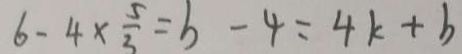
6 - 4 \times \frac { 5 } { 3 } = b - 4 = 4 k + b